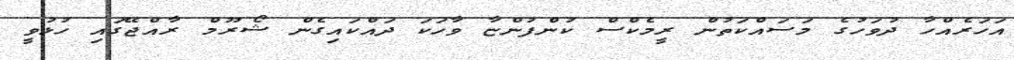
އަހަރެއްހާ ދުވަހުގެ މަސައްކަތުން ރީމެކްސް ކުންފުންޏާ ވާހަކަ ދައްކައިގެން ޝޯރޫމް ރާއްޖޭގައި ހުޅުވީ